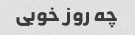
چه روز خوبی